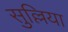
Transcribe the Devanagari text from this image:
सुल्लिया